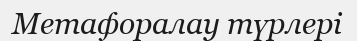
Метафоралау түрлері